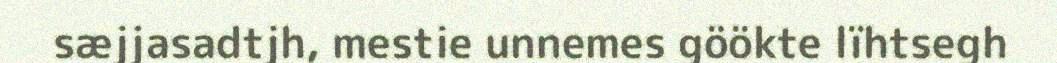
sæjjasadtjh, mestie unnemes göökte lïhtsegh